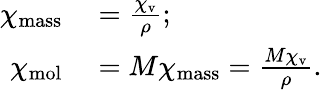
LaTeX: \begin{array}{rl}{\chi_{\mathrm{mass}}}&{{}={\frac{\chi_{\mathrm{v}}}{\rho}};}\\ {\chi_{\mathrm{mol}}}&{{}=M\chi_{\mathrm{mass}}={\frac{M\chi_{\mathrm{v}}}{\rho}}.}\end{array}